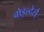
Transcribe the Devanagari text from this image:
बोइल्देर्स्